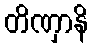
တိဏှာနိ